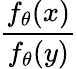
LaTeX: \frac{f_{\theta}(x)}{f_{\theta}(y)}